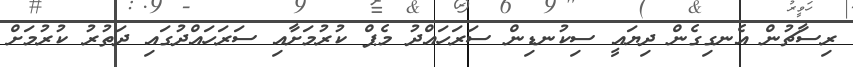
ރިސާޗުން އެނގިގެން ދިޔައީ ސިކުނޑިން ސަރަހައްދު މެޕް ކުރުމަށާއި ސަރަހައްދުގައި ދަތުރު ކުރުމަށް